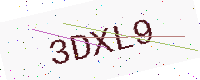
Text: 3DXL9